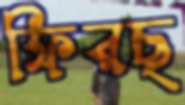
ফিরছ